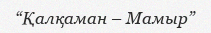
“Қалқаман – Мамыр”